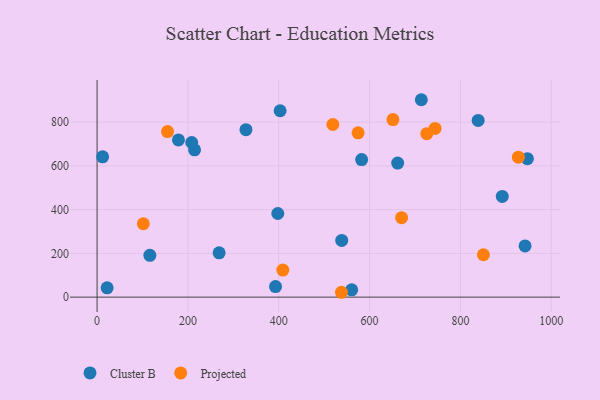
{"axis": {"x": "Speed", "y": "Yield"}, "legend": ["Cluster B", "Projected"], "data": [{"x": "582.5", "y": 628.6, "type": "Cluster B"}, {"x": "116.2", "y": 191.1, "type": "Cluster B"}, {"x": "839.0", "y": 807.6, "type": "Cluster B"}, {"x": "713.9", "y": 902.1, "type": "Cluster B"}, {"x": "392.9", "y": 48.2, "type": "Cluster B"}, {"x": "397.9", "y": 382.1, "type": "Cluster B"}, {"x": "538.6", "y": 259.3, "type": "Cluster B"}, {"x": "947.4", "y": 632.8, "type": "Cluster B"}, {"x": "214.6", "y": 673.2, "type": "Cluster B"}, {"x": "661.8", "y": 612.8, "type": "Cluster B"}, {"x": "892.1", "y": 460.2, "type": "Cluster B"}, {"x": "208.4", "y": 706.6, "type": "Cluster B"}, {"x": "22.1", "y": 42.7, "type": "Cluster B"}, {"x": "268.7", "y": 202.7, "type": "Cluster B"}, {"x": "403.0", "y": 851.8, "type": "Cluster B"}, {"x": "12.2", "y": 641.2, "type": "Cluster B"}, {"x": "560.6", "y": 33.4, "type": "Cluster B"}, {"x": "179.1", "y": 718.3, "type": "Cluster B"}, {"x": "942.3", "y": 233.9, "type": "Cluster B"}, {"x": "327.8", "y": 765.3, "type": "Cluster B"}, {"x": "744.2", "y": 770.8, "type": "Projected"}, {"x": "651.4", "y": 811.6, "type": "Projected"}, {"x": "927.6", "y": 639.6, "type": "Projected"}, {"x": "519.1", "y": 788.8, "type": "Projected"}, {"x": "574.7", "y": 751.0, "type": "Projected"}, {"x": "850.6", "y": 193.7, "type": "Projected"}, {"x": "538.1", "y": 22.2, "type": "Projected"}, {"x": "670.5", "y": 363.2, "type": "Projected"}, {"x": "409.0", "y": 123.8, "type": "Projected"}, {"x": "155.1", "y": 756.5, "type": "Projected"}, {"x": "101.8", "y": 335.3, "type": "Projected"}, {"x": "725.9", "y": 747.0, "type": "Projected"}]}